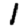
Digit: 1